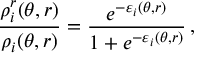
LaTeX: \frac { \rho _ { i } ^ { r } ( \theta , r ) } { \rho _ { i } ( \theta , r ) } = \frac { e ^ { - \varepsilon _ { i } ( \theta , r ) } } { 1 + e ^ { - \varepsilon _ { i } ( \theta , r ) } } \, ,